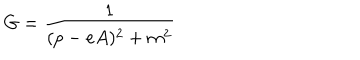
LaTeX: G = \frac { 1 } { ( p - e A ) ^ { 2 } + m ^ { 2 } }